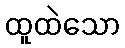
ထူထဲသော